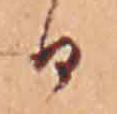
日